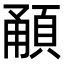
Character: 𩒼